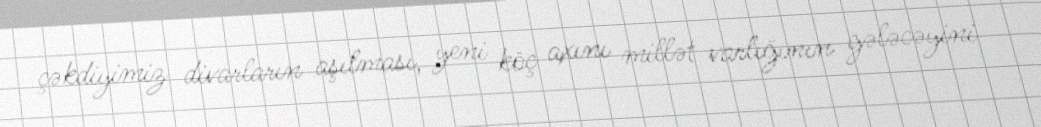
çəkdiyimiz divarların aşılması, yeni köç axını millət varlığının gələcəyini